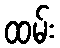
ထမ်း